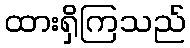
ထားရှိကြသည်